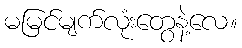
မမြင်မျက်လုံးတွေနဲ့လေ။